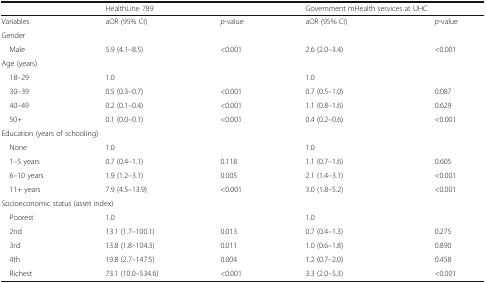
|  | <COLSPAN=2> HealthLine 789 | <COLSPAN=2> Government mHealth services at UHC |
 | --- | --- | --- | --- | --- |
 | Variables | aOR (95% CI) | p-value | aOR (95% CI) | p-value |
 | <COLSPAN=5> Gender |
 | Male | 5.9 (4.1–8.5) | <0.001 | 2.6 (2.0–3.4) | <0.001 |
 | <COLSPAN=5> Age (years) |
 | 18–29 | 1.0 |  | 1.0 |  |
 | 30–39 | 0.5 (0.3–0.7) | <0.001 | 0.7 (0.5–1.0) | 0.087 |
 | 40–49 | 0.2 (0.1–0.4) | <0.001 | 1.1 (0.8–1.6) | 0.629 |
 | 50+ | 0.1 (0.0–0.1) | <0.001 | 0.4 (0.2–0.6) | <0.001 |
 | <COLSPAN=5> Education (years of schooling) |
 | None | 1.0 |  | 1.0 |  |
 | 1–5 years | 0.7 (0.4–1.1) | 0.118 | 1.1 (0.7–1.6) | 0.605 |
 | 6–10 years | 1.9 (1.2–3.1) | 0.005 | 2.1 (1.4–3.1) | <0.001 |
 | 11+ years | 7.9 (4.5–13.9) | <0.001 | 3.0 (1.8–5.2) | <0.001 |
 | <COLSPAN=5> Socioeconomic status (asset index) |
 | Poorest | 1.0 |  | 1.0 |  |
 | 2nd | 13.1 (1.7–100.1) | 0.013 | 0.7 (0.4–1.3) | 0.275 |
 | 3rd | 13.8 (1.8–104.3) | 0.011 | 1.0 (0.6–1.8) | 0.890 |
 | 4th | 19.8 (2.7–147.5) | 0.004 | 1.2 (0.7–2.0) | 0.458 |
 | Richest | 73.1 (10.0–534.6) | <0.001 | 3.3 (2.0–5.3) | <0.001 |